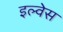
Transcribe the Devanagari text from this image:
इल्वेस